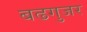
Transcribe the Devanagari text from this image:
बढगुजर